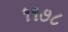
૧૧૭૮